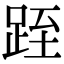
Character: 跮